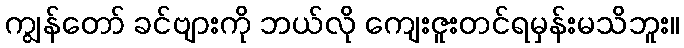
ကျွန်တော် ခင်ဗျားကို ဘယ်လို ကျေးဇူးတင်ရမှန်းမသိဘူး။